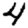
Digit: 4